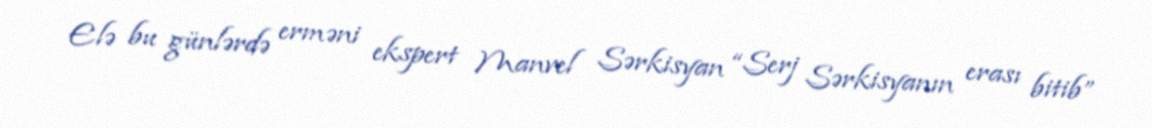
Elə bu günlərdə erməni ekspert Manvel Sərkisyan “Serj Sərkisyanın erası bitib”